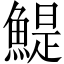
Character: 鯷